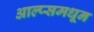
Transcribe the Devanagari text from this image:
आल्प्समधून